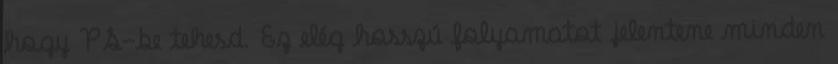
hogy PS-be tehesd. Ez elég hosszú folyamatot jelentene minden